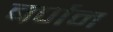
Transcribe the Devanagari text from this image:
बर्णन